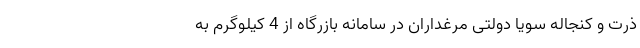
ذرت و کنجاله سویا دولتی مرغداران در سامانه بازرگاه از 4 کیلوگرم به